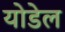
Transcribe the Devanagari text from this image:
योडेल